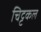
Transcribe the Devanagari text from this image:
चिट्टकल